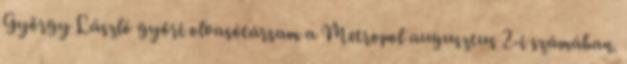
György László győri olvasótársam a Metropol augusztus 2-i számában.